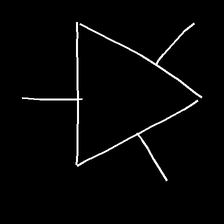
Glyph: fire